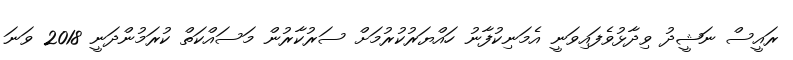
ރައީސް ނަޝީދު ވިދާޅުވެފައިވަނީ އެމަނިކުފާނު ހައްޔަރުކުރުމަށް ސަރުކާރުން މަސައްކަތް ކުރަމުންދަނީ 2018 ވަނަ